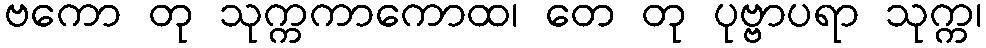
ဗကော တု သုက္ကကာကောထ၊ တေ တု ပုဗ္ဗာပရာ သုက္က၊